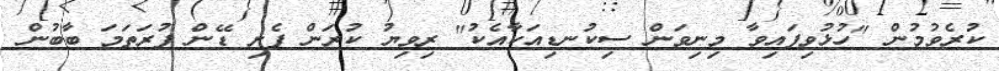
ކުރެވުމުން "ހުޅުވިފައިވާ މިނިވަން ސިކުނޑިއަކާއެކު" ރިވިޔު ކުރަން ފެށި ޑޭން ފުރަތަމަ ބާބުން